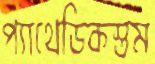
প্যাথেডিকস্তম